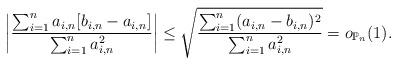
LaTeX: \begin{align*}\bigg| \frac{\sum_{i = 1}^n a_{i,n} [b_{i,n} - a_{i,n}]}{\sum_{i = 1}^n a^2_{i,n}} \bigg|\leq \sqrt{\frac{\sum_{i = 1}^n (a_{i,n} - b_{i,n})^2}{\sum_{i = 1}^n a^2_{i,n}}} = o_{\mathbb{P}_n}(1).\end{align*}